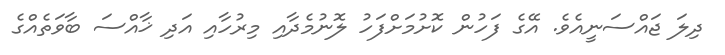
ދިލަ ޖައްސަނީއެވެ. އޭގެ ފަހުން ކޮށުމަށްފަހު ލޮނުމެދާއި މިރުހާއި އަދި ޚާއްސަ ބާވަތެއްގެ